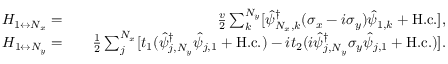
\begin{array} { r l r } { H _ { 1 \leftrightarrow N _ { x } } = } & { } & { \frac { v } { 2 } \sum _ { k } ^ { N _ { y } } [ \hat { \psi } _ { N _ { x } , k } ^ { \dag } ( \sigma _ { x } - i \sigma _ { y } ) \hat { \psi } _ { 1 , k } + \mathrm { H . c . } ] , } \\ { H _ { 1 \leftrightarrow N _ { y } } = } & { } & { \frac { 1 } { 2 } \sum _ { j } ^ { N _ { x } } [ t _ { 1 } ( \hat { \psi } _ { j , N _ { y } } ^ { \dag } \hat { \psi } _ { j , 1 } + \mathrm { H . c . } ) - i t _ { 2 } ( i \hat { \psi } _ { j , N _ { y } } ^ { \dag } \sigma _ { y } \hat { \psi } _ { j , 1 } + \mathrm { H . c . } ) ] . } \end{array}